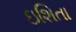
ઇશિતા